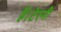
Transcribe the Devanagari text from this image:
हैं।टेरनी